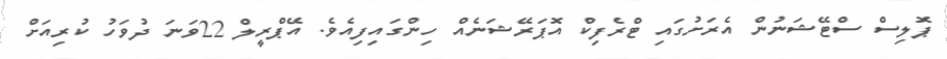
ޕޮލިސް ސްޓޭޝަނުން އެރަށުގައި ޓްރެފިކް އޮޕަރޭޝަނެއް ހިންގައިފިއެވެ. އޭޕްރީލް 22ވަނަ ދުވަހު ކުރިއަށް